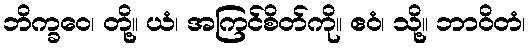
ဘိက္ခဝေ၊ တို့။ ယံ၊ အကြင်စိတ်ကို။ ဧဝံ၊ သို့။ ဘာဝိတံ၊